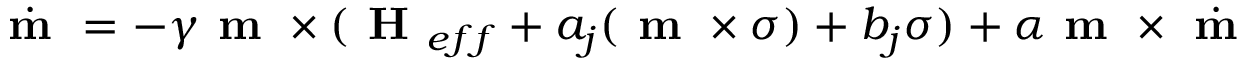
\dot { \textbf { m } } = - \gamma \textbf { m } \times ( \textbf { H } _ { e f f } + a _ { j } ( \textbf { m } \times \boldsymbol { \sigma } ) + b _ { j } \boldsymbol { \sigma } ) + \alpha \textbf { m } \times \dot { \textbf { m } }